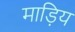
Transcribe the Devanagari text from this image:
माड़िय